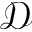
\mathcal { D }